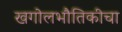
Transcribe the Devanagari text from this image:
खगोलभौतिकीचा